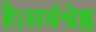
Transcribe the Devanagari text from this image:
है।सर्वश्रेष्ठ